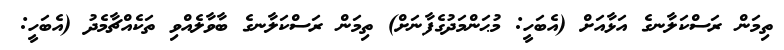
ތިމަން ރަސްކަލާނގެ އަޅާއަށް (އެބަހީ: މުޙަންމަދުގެފާނަށް) ތިމަން ރަސްކަލާނގެ ބާވާލެއްވި ތަކެއްޗާމެދު (އެބަހީ: